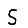
Digit: 5